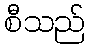
စီသည်